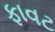
ફાવટ